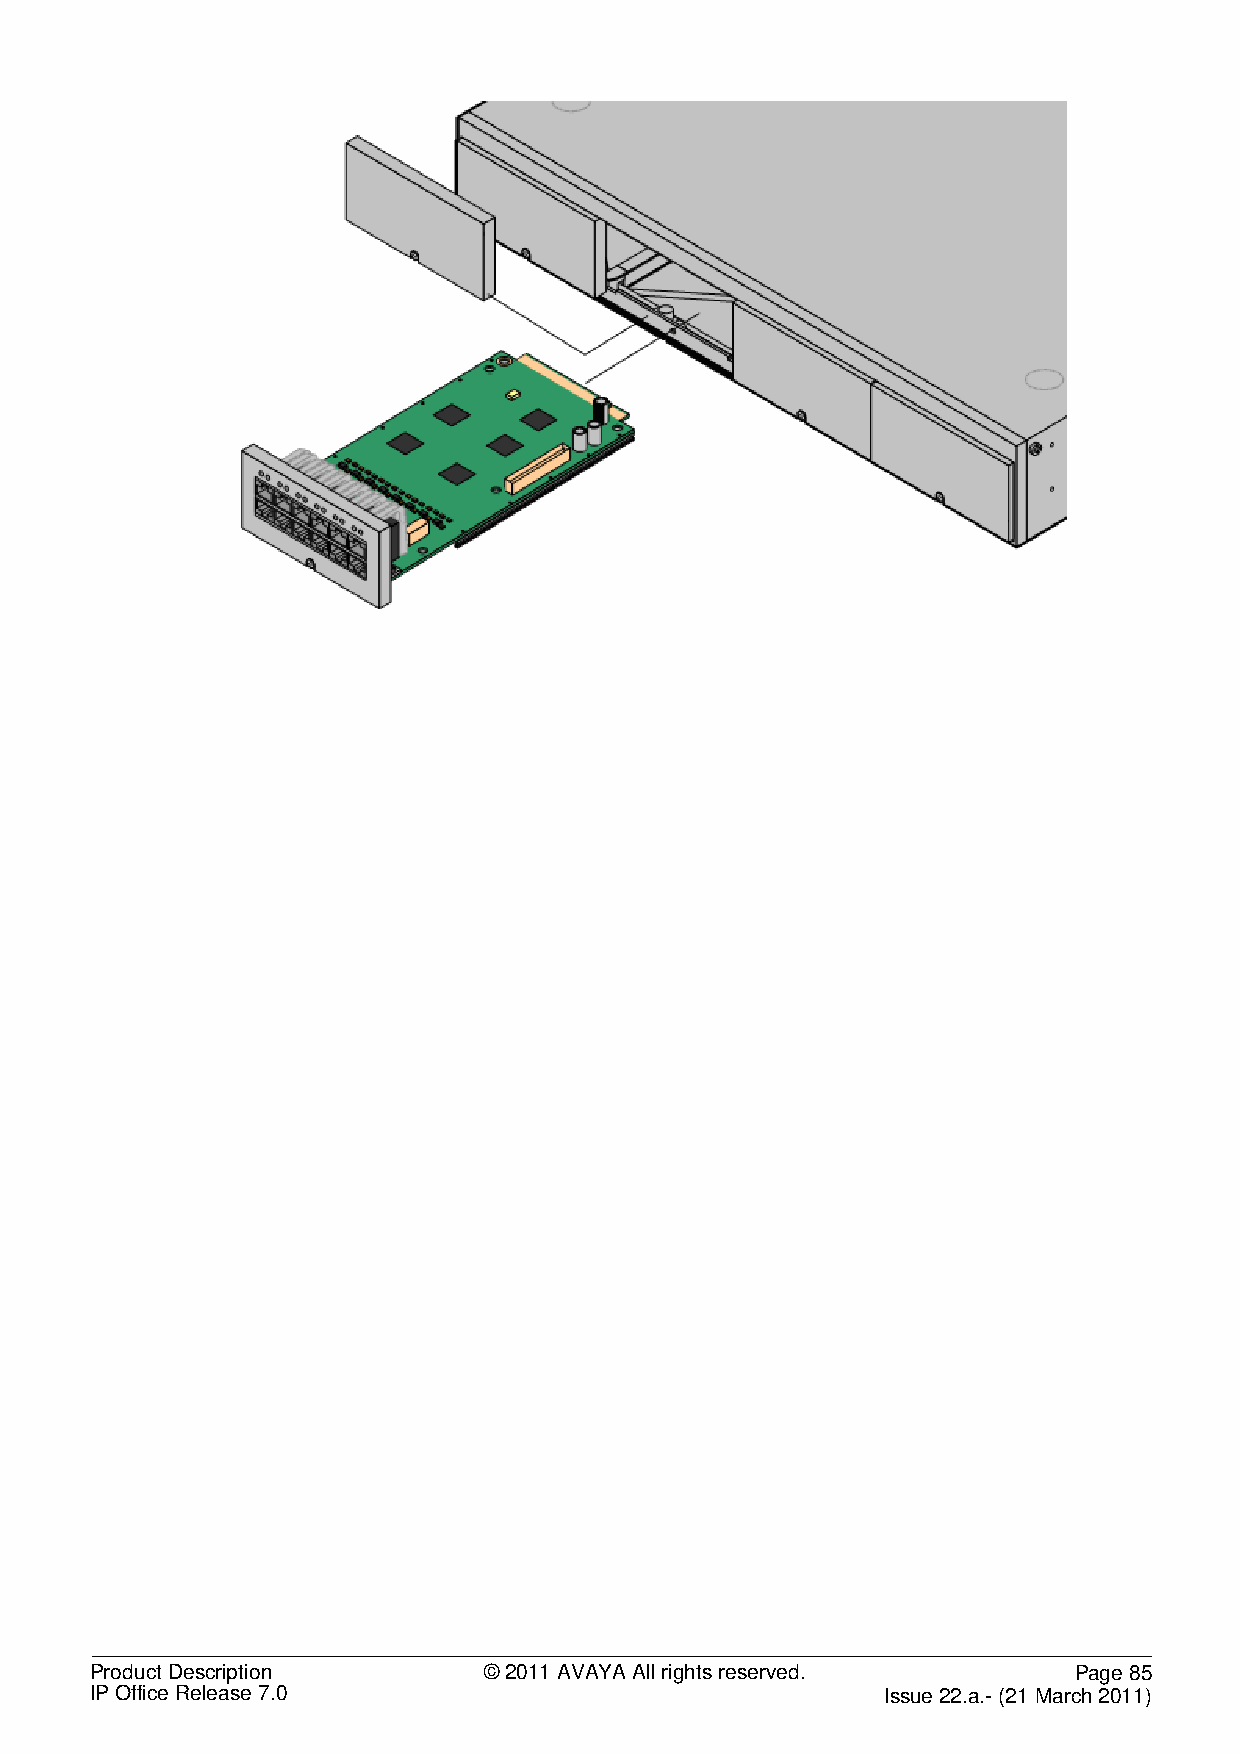
Product Description       © 2011 AVAYA All rights reserved.      Page 85
 IP Office Release 7.0                                Issue 22.a.- (21 March 2011)